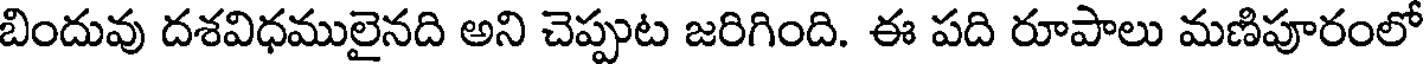
బిందువు దశవిధములైనది అని చెప్పుట జరిగింది. ఈ పది రూపాలు మణిపూరంలో